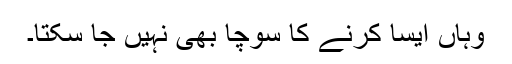
وہاں ایسا کرنے کا سوچا بھی نہیں جا سکتا۔